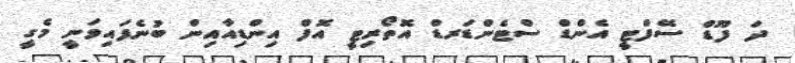
ދަ ފޫޑް ސޭފްޓީ އެންޑް ސްޓެންޑަރޑް އޮތޯރިޓީ އޮފް އިންޑިއާއިން ބުނެފައިވަނީ މެގީ